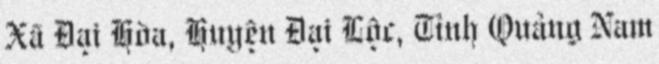
Xã Đại Hòa, Huyện Đại Lộc, Tỉnh Quảng Nam